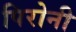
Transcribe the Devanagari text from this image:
पिरोनी